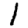
Digit: 1